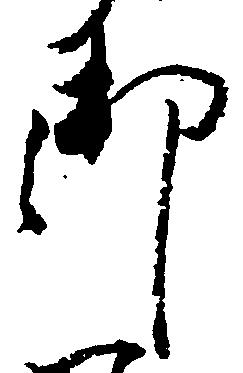
御